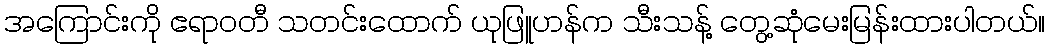
အကြောင်းကို ဧရာဝတီ သတင်းထောက် ယုဖြူဟန်က သီးသန့် တွေ့ဆုံမေးမြန်းထားပါတယ်။